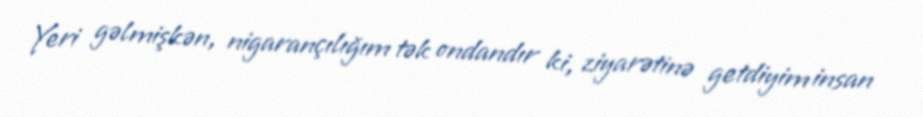
Yeri gəlmişkən, nigarançılığım tək ondandır ki, ziyarətinə getdiyim insan